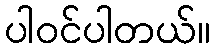
ပါဝင်ပါတယ်။